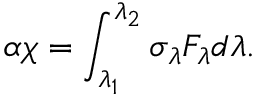
\alpha \chi = \int _ { \lambda _ { 1 } } ^ { \lambda _ { 2 } } \sigma _ { \lambda } F _ { \lambda } d \lambda .